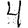
Digit: 4